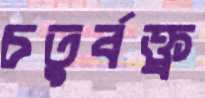
চতুর্বক্ত্র